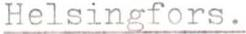
Helsingfors.